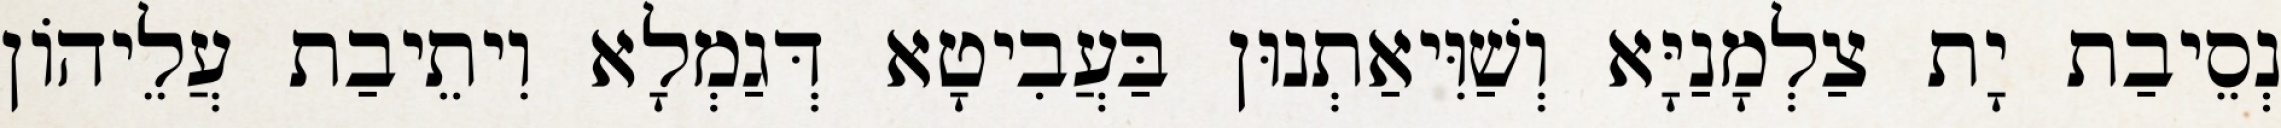
נְסֵיבַת יָת צַלְמָנַיָּא וְשַׁוִּיאַתְנוּן בַּעֲבִיטָא דְּגַמְלָא וִיתֵיבַת עֲלֵיהוֹן